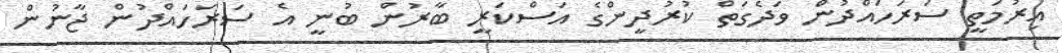
އިރުމަތީ ސަރަހައްދުން ވަދެގަތް ކުރުދީންގެ އަސްކަރީ ބާރުން ބުނީ އެ ސަރަހައްދުން ޖާނުން